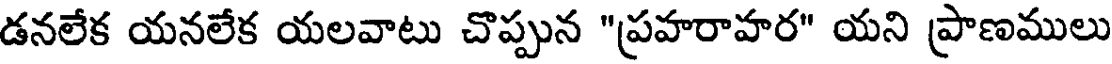
డనలేక యనలేక యలవాటు చొప్పున "ప్రహరాహర" యని ప్రాణములు